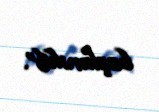
başlanılıb”.